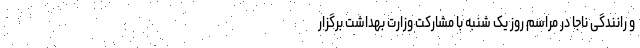
و رانندگی ناجا در مراسم روز یک شنبه با مشارکت وزارت بهداشت برگزار